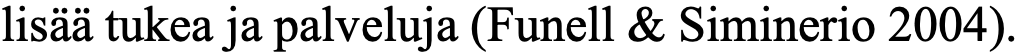
lisää tukea ja palveluja (Funell & Siminerio 2004).